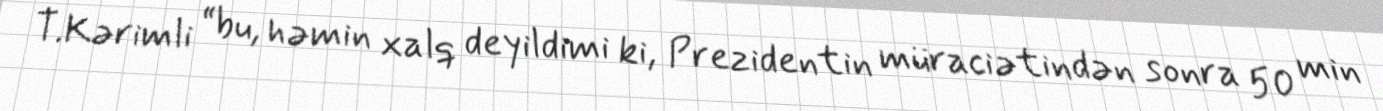
T.Kərimli “bu, həmin xalq deyildimi ki, Prezidentin müraciətindən sonra 50 min